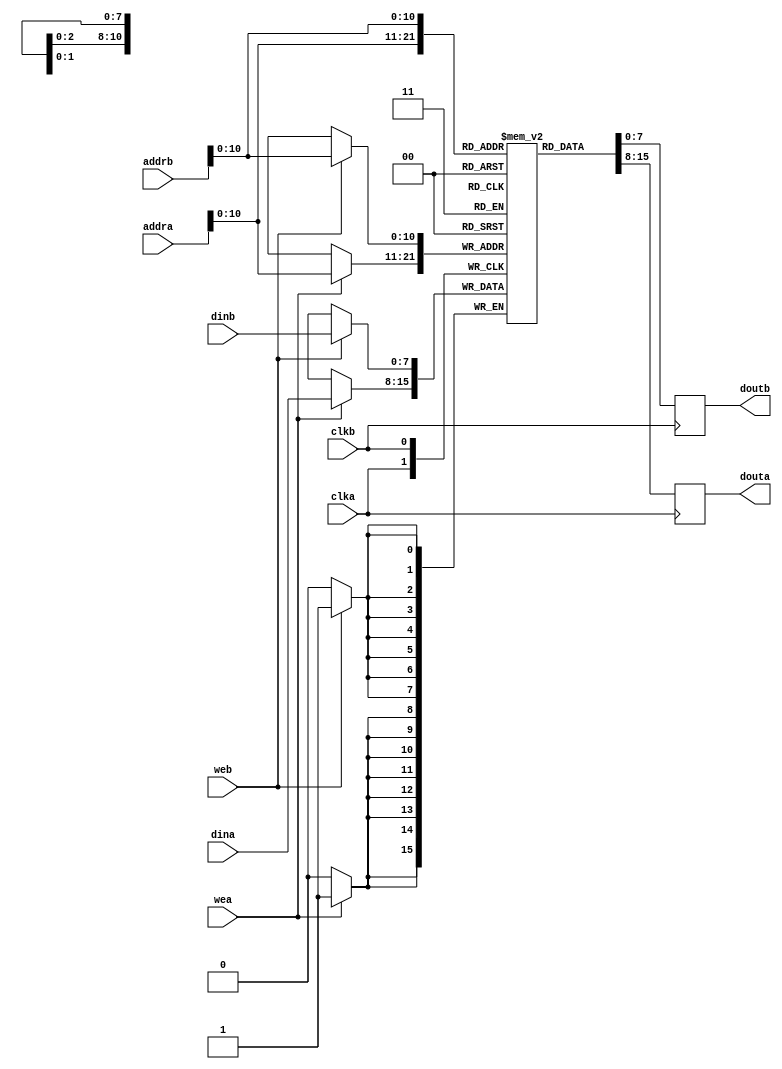
module bram_compare
(
	input [7:0] dina, dinb,
	input [11:0] addra, addrb,
	input wea, web, clka,clkb,
	output reg [7:0] douta, doutb
);
	// Declare the RAM variable
	reg [7:0] ram[1500:0];
	
	// Port A
	always @ (posedge clka)
	begin
		if (wea) 
			ram[addra] <= dina;
			douta <= ram[addra];
	end
	
	// Port B
	always @ (posedge clkb)
	begin
		if (web)
			ram[addrb] <= dinb;
			doutb <= ram[addrb];
	end

	integer i;
	initial begin
		for (i=0; i<1500; i=i+1)
		ram[i] = 8'hxx;
		end
endmodule